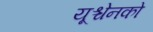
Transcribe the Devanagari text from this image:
यूश्चेनको